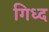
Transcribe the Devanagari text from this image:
गिध्द